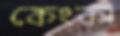
কেংকা